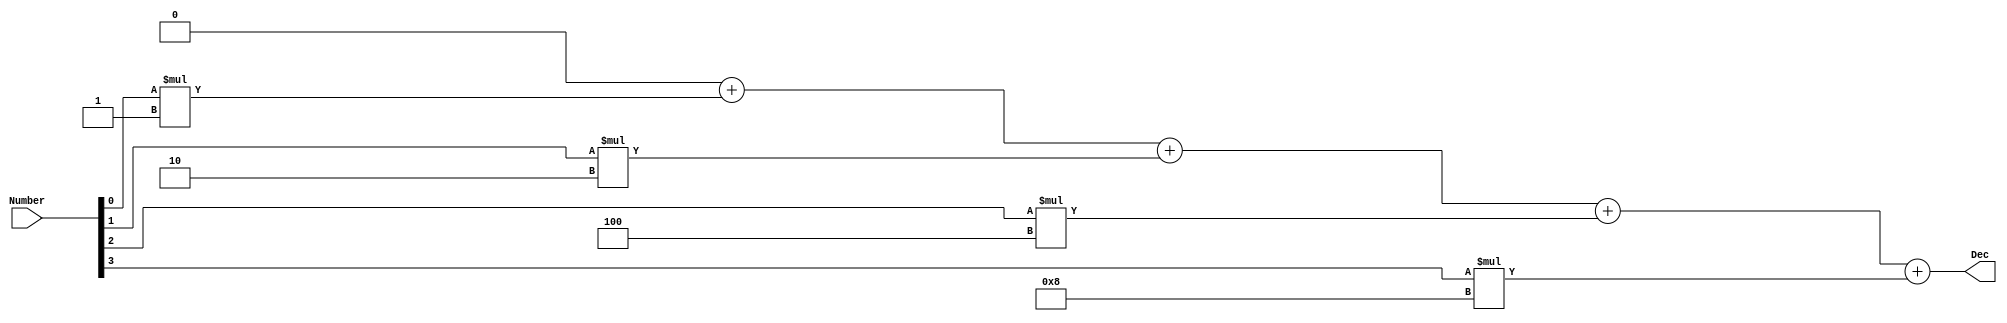
// Module Name:    Binary_to_Decimal 

module Binary_to_Decimal(Number,Dec);
	input [3:0] Number;
	output reg [3:0] Dec;
	integer count;
	always@(Number)
	begin
	Dec = 0;
		for(count = 0;count < 4;count = count + 1)
		begin
			Dec = Dec + Number[count]*(2**count);
		end
		count = 0;
	end
endmodule